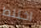
اختلط